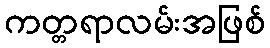
ကတ္တရာလမ်းအဖြစ်